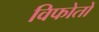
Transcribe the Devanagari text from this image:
विफोतों